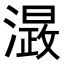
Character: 𭲮